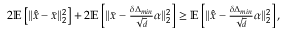
\begin{array} { r } { 2 \mathbb { E } \left[ \| \hat { \bar { x } } - \bar { x } \| _ { 2 } ^ { 2 } \right] + 2 \mathbb { E } \left[ \| \bar { x } - \frac { \delta \Delta _ { m i n } } { \sqrt { d } } \alpha \| _ { 2 } ^ { 2 } \right] \geq \mathbb { E } \left[ \| \hat { \bar { x } } - \frac { \delta \Delta _ { m i n } } { \sqrt { d } } \alpha \| _ { 2 } ^ { 2 } \right] , } \end{array}